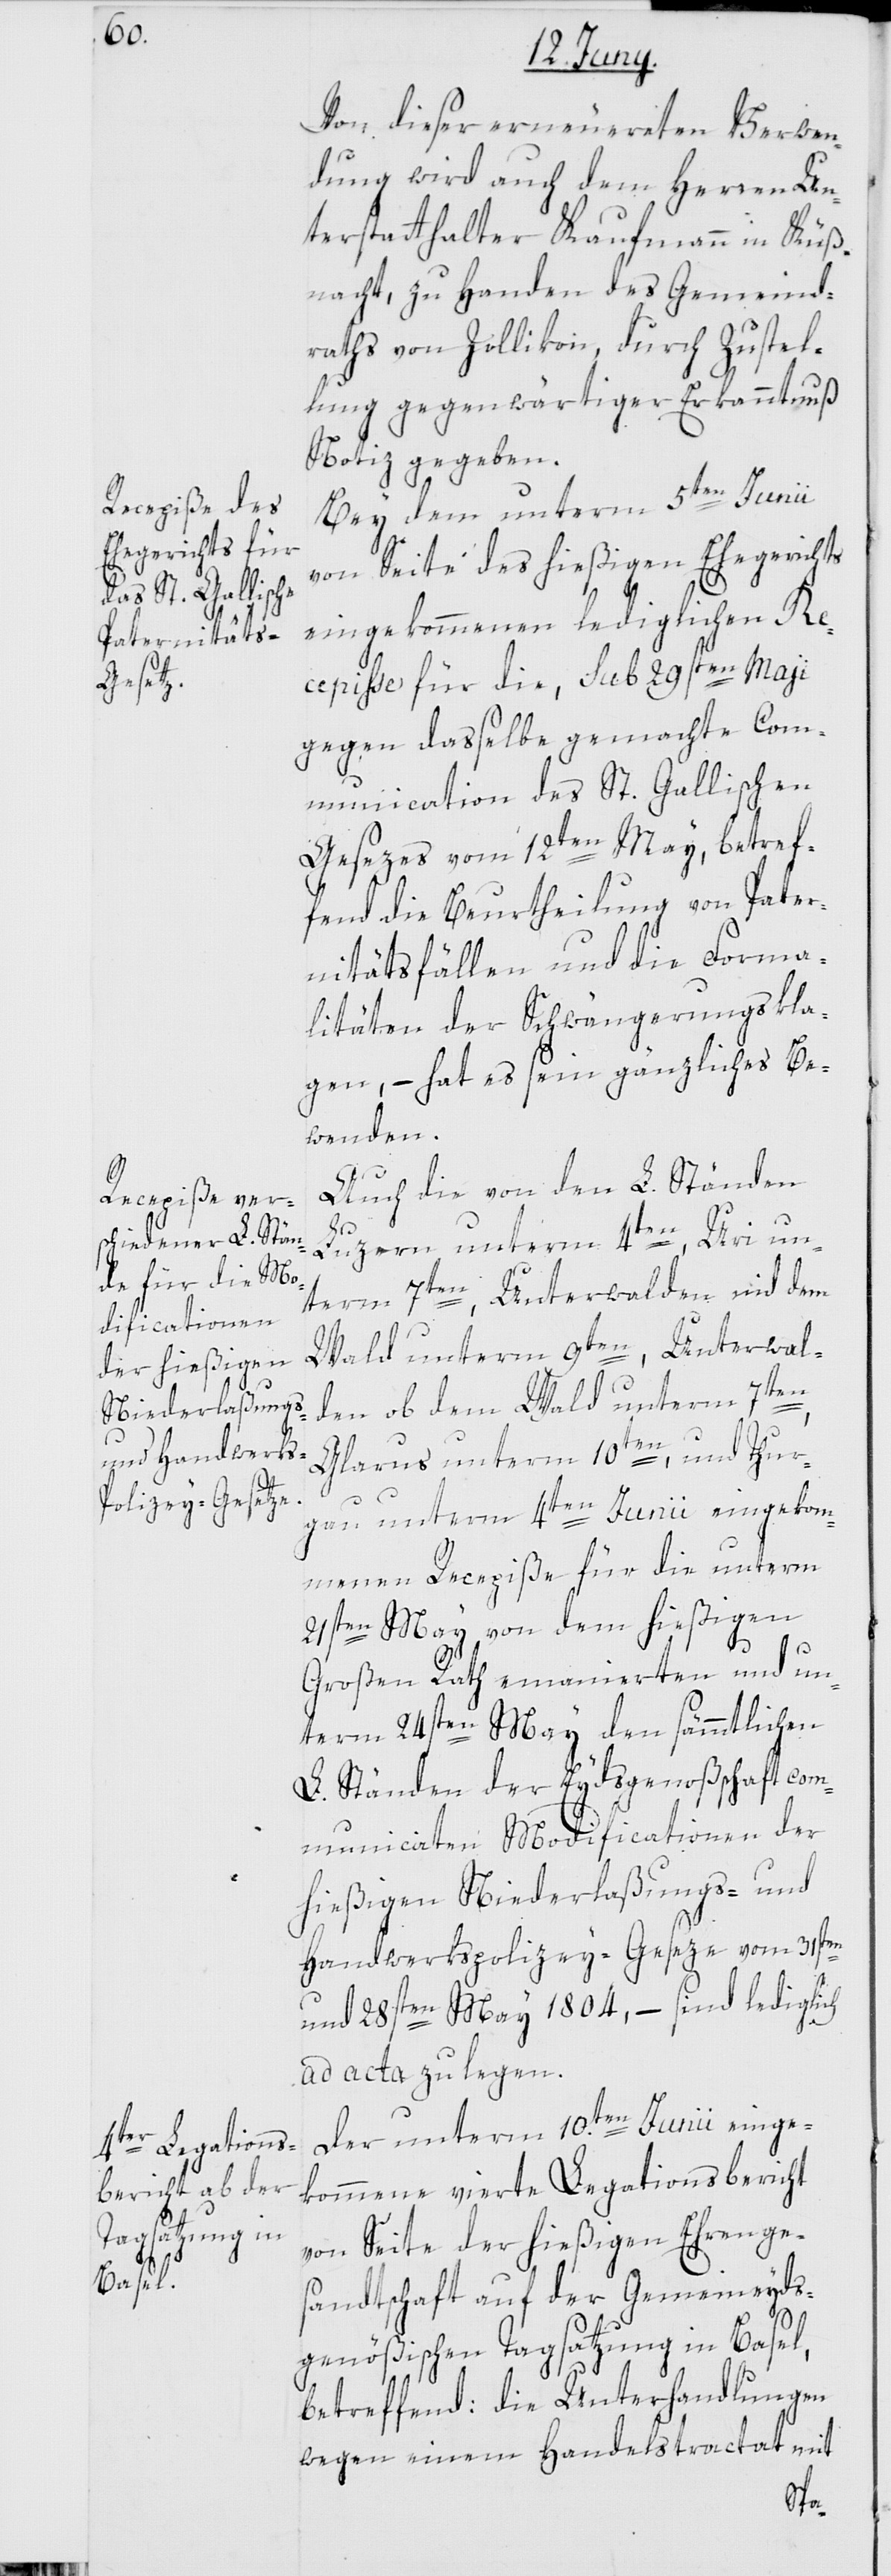
Von dieser erneuerten Verwen¬
dung wird auch dem Herren Un¬
terstatthalter Kaufmann in Küß¬
nacht, zu Handen des Gemeind¬
raths von Zollikon, durch Zustel¬
lung gegenwärtiger Erkanntnuß
Notiz gegeben.
Bey dem unterm 5ten Junii
von Seite des hießigen Ehegerichts
eingekommenen lediglichen Re¬
cepiße für die, sub 29sten May
gegen dasselbe gemachte Com¬
munication des St. Gallischen
Gesezes vom 12ten May, betref¬
fend die Beurtheilung von Pater¬
nitätsfällen und die Forma¬
litäten der Schwängerungskla¬
gen, – hat es sein gänzliches Be¬
wenden.
Auch die von den L. Ständen
Luzern unterm 4ten, Uri un¬
term 7ten, Unterwalden nid dem
Wald unterm 9ten, Unterwal¬
den ob dem Wald unterm 7ten,
Glarus unterm 10ten, und Thur¬
gau unterm 4ten Junii eingekom¬
menen Recepiße für die unterm
21sten May von dem hießigen
Großen Rath emanierten und un¬
term 24sten May den sämmtlichen
L. Ständen der Eydsgenoßschaft com¬
municirten Modificationen der
hießigen Niederlaßungs- und
Handwerkspolizey-Geseze vom 31sten
und 28sten May 1804, – sind lediglich
ad acta zu legen.
Der unterm 10.ten Junii einge¬
kommene vierte Legationsbericht
von Seite der hießigen Ehrenge¬
sandtschaft auf der Gemeineyds¬
genößischen Tagsatzung in Basel,
betreffend: Die Unterhandlungen
wegen einem Handelstractat mit